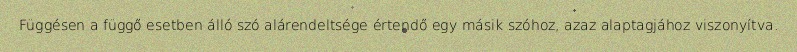
Függésen a függő esetben álló szó alárendeltsége értendő egy másik szóhoz, azaz alaptagjához viszonyítva.